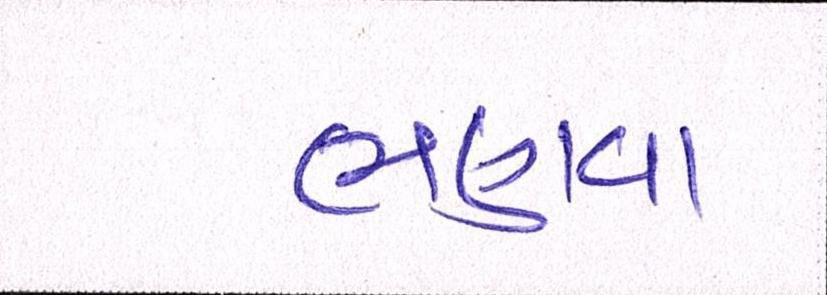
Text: ભણવા